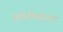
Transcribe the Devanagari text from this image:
साडेतीनहजार